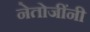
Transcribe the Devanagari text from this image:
नेतोजींनी